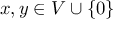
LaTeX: x , y \in V \cup \{ 0 \}